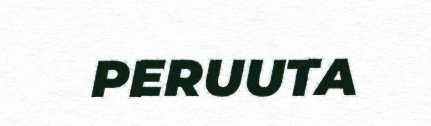
PERUUTA